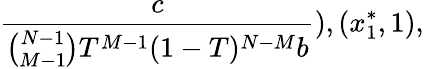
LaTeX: \frac{c}{\binom{N-1}{M-1}T^{M-1}(1-T)^{N-M}b}),(x_{1}^{*},1),